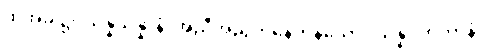
ထိုအခါ၌။ သန္နိသိန္နာနံ၊ အညီအညွတ်နေကုန်သော။ သန္နိပတိတာနံ၊